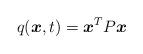
LaTeX: \begin{align*} q(\boldsymbol{x},t)= \boldsymbol{x}^TP\boldsymbol{x}\end{align*}